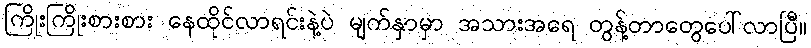
ကြိုးကြိုးစားစား နေထိုင်လာရင်းနဲ့ပဲ မျက်နှာမှာ အသားအရေ တွန့်တာတွေပေါ်လာပြီ။